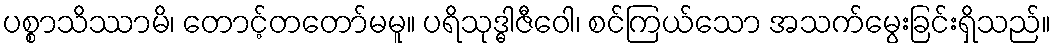
ပစ္စာသိဿာမိ၊ တောင့်တတော်မမူ။ ပရိသုဒ္ဓါဇီဝေါ၊ စင်ကြယ်သော အသက်မွေးခြင်းရှိသည်။